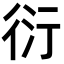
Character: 衍